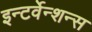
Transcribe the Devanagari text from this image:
इन्टर्वेन्शन्स